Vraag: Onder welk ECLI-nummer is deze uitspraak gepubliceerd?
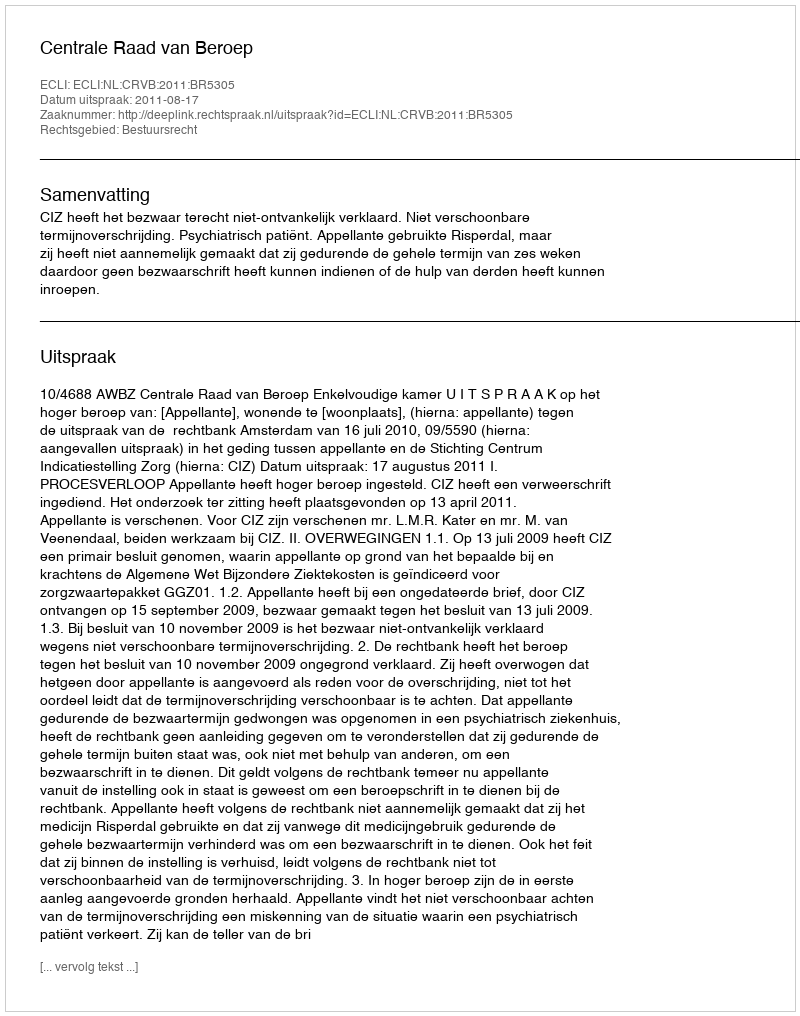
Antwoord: ECLI:NL:CRVB:2011:BR5305